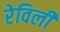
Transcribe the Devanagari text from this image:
रेविली